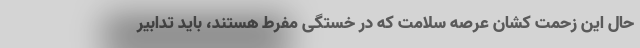
حال این زحمت کشان عرصه سلامت که در خستگی مفرط هستند، باید تدابیر